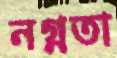
নগ্নতা